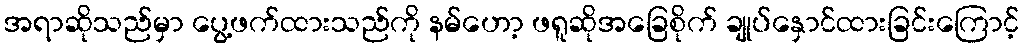
အရာဆိုသည်မှာ ပွေ့ဖက်ထားသည်ကို နမ်ဟော့ ဖရူဆိုအခြေစိုက် ချုပ်နှောင်ထားခြင်းကြောင့်